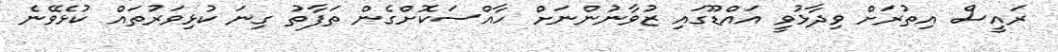
ރައީސް އިތުރަށް ވިދާޅުވީ އައްޑޫގައި ޒުވާނުންނަށް ހާއްސަކޮށްގެން ތަފާތު ގިނަ ކުޅިވަރުތައް ކުޅެވޭނެ